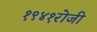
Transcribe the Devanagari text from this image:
१९४१रोजी